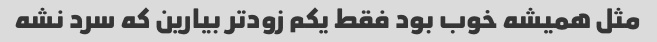
مثل همیشه خوب بود فقط یکم زودتر بیارین که سرد نشه